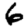
Digit: 6